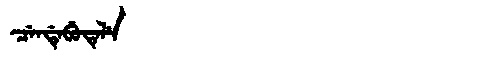
Manchu: ᠴᡝᠨᡩᡝᠪᡠᡨᡝᠯᡝ
Romanization: CENDEBUTELE